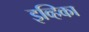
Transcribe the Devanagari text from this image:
इव्हिका